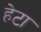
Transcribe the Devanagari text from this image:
हेटा